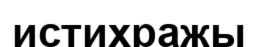
истихражы